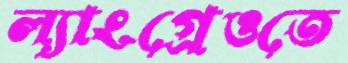
ল্যাংগ্রেওতে